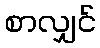
စာလျှင်